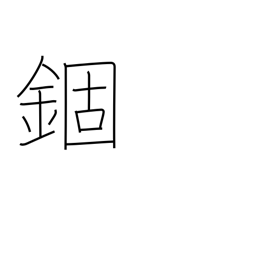
Meaning: confinement